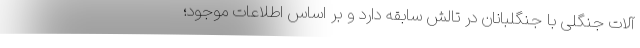
آلات جنگلی با جنگلبانان در تالش سابقه دارد و بر اساس اطلاعات موجود؛